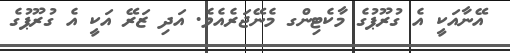
އޭނާއަކީ އެ ގުރޫޕުގެ މާކެޓިންގ މެނޭޖަރެއެވެ. އަދި ޒަރޭ އަކީ އެ ގުރޫޕުގެ